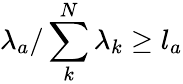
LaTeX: \lambda_{a}/\sum_{k}^{N}\lambda_{k}\geq l_{a}